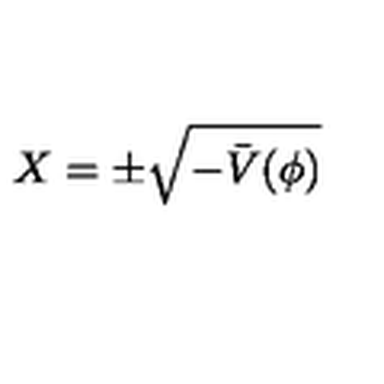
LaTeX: X = \pm \sqrt { - \bar { V } ( \phi ) }